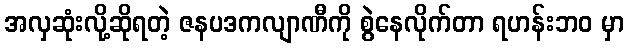
အလှဆုံးလို့ဆိုရတဲ့ ဇနပဒကလျာဏီကို စွဲနေလိုက်တာ ရဟန်းဘဝ မှာ